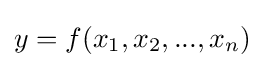
y=f(x_{1},x_{2},...,x_{n})